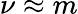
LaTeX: \nu\approx m